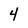
Character: 4